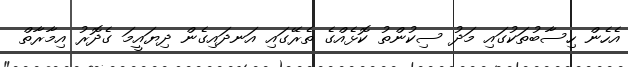
އެހެން ހިސާބުތަކުގައި މަދު ސިކުންތު ކޮޅެއްގެ ތެރޭގައި އަނދައިގެން ދިޔައީމަ ގެދޮރު އިމާރާތް